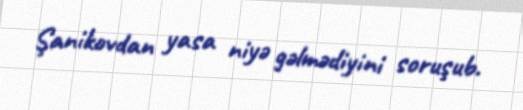
Şanikovdan yasa niyə gəlmədiyini soruşub.